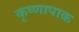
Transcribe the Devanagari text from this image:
कृष्णापाक